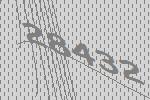
28432